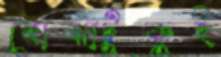
বোঝাটুকুই